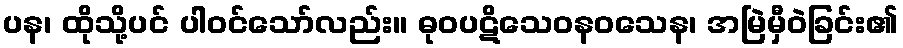
ပန၊ ထိုသို့ပင် ပါဝင်သော်လည်း။ ဓုဝပဋိသေဝနဝသေန၊ အမြဲမှီဝဲခြင်း၏